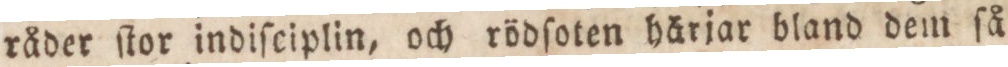
råder ſtor indiſciplin, och rödſoten häriar bland dem ſå